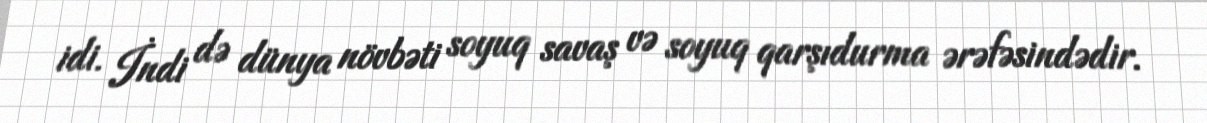
idi. İndi də dünya növbəti soyuq savaş və soyuq qarşıdurma ərəfəsindədir.